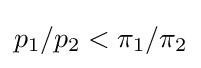
p_{1}/p_{2}<\pi _{1}/\pi _{2}